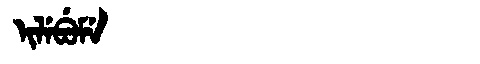
Manchu: ᡳᠯᡝᠪᡠᠮᡝ
Romanization: ILEBUME